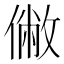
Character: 𠍯